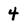
Character: 4